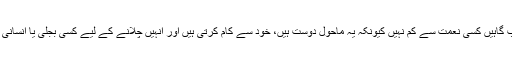
اس ضمن میں پاکستانی تیراک آب گاہیں کسی نعمت سے کم نہیں کیونکہ یہ ماحول دوست ہیں، خود سے کام کرتی ہیں اور انہیں چلانے کے لیے کسی بجلی یا انسانی مداخلت کی ضرورت نہیں ہوتی۔